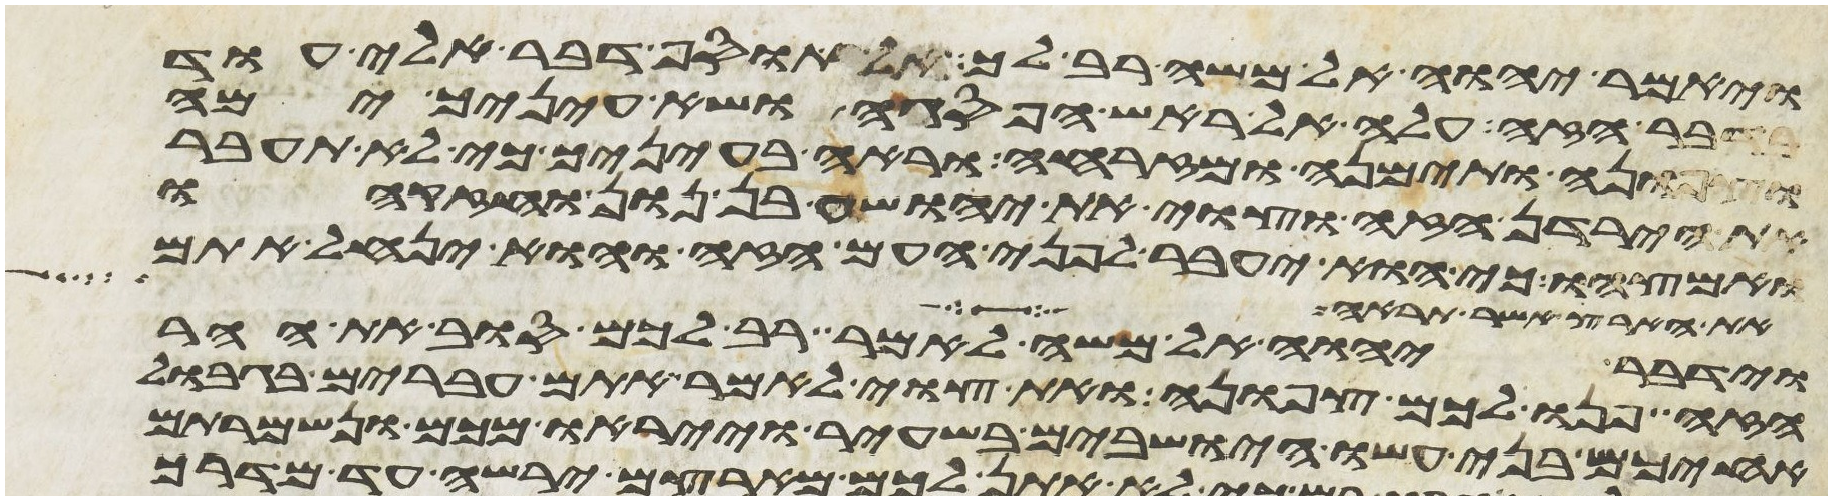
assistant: ויאמר יהוה אל משה רב לך אל תוסף דבר אלי עוד
בדבר הזה עלה אל ראש הפסגה ושא עיניך ימה
וצפונה ותימנה ומזרחה וראה בעיניך כי לא תעבר
את הירדן הזה וצוי את יהושע בן נון וחזקהו
ואמצהו כי הוא יעבר לפני העם הזה והוא ינחל אתם
את הארץ אשר תראה
וידבר יהוה אל משה לאמר רב לכם סוב את ההר
הזה פנו לכם צפונה ואת העם צוי לאמר אתם עברים בגבול
אחיכם בני עשו הישבים בשעיר וייראו מכם ונשמרתם